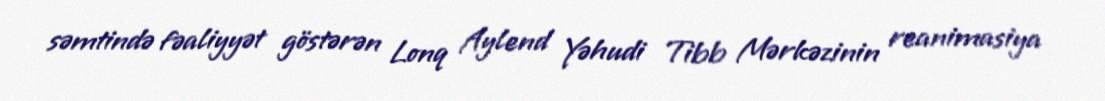
səmtində fəaliyyət göstərən Lonq Aylend Yəhudi Tibb Mərkəzinin reanimasiya